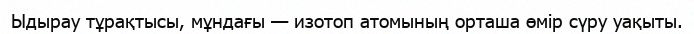
Ыдырау тұрақтысы, мұндағы — изотоп атомының орташа өмір сүру уақыты.